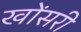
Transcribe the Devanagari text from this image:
खोंसरी